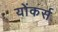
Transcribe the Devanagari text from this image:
योंकर्स